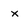
Character: x